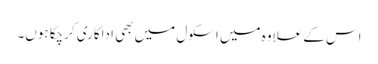
اس کے علاوہ میں اسکول میں بھی اداکاری کرچکا ہوں۔